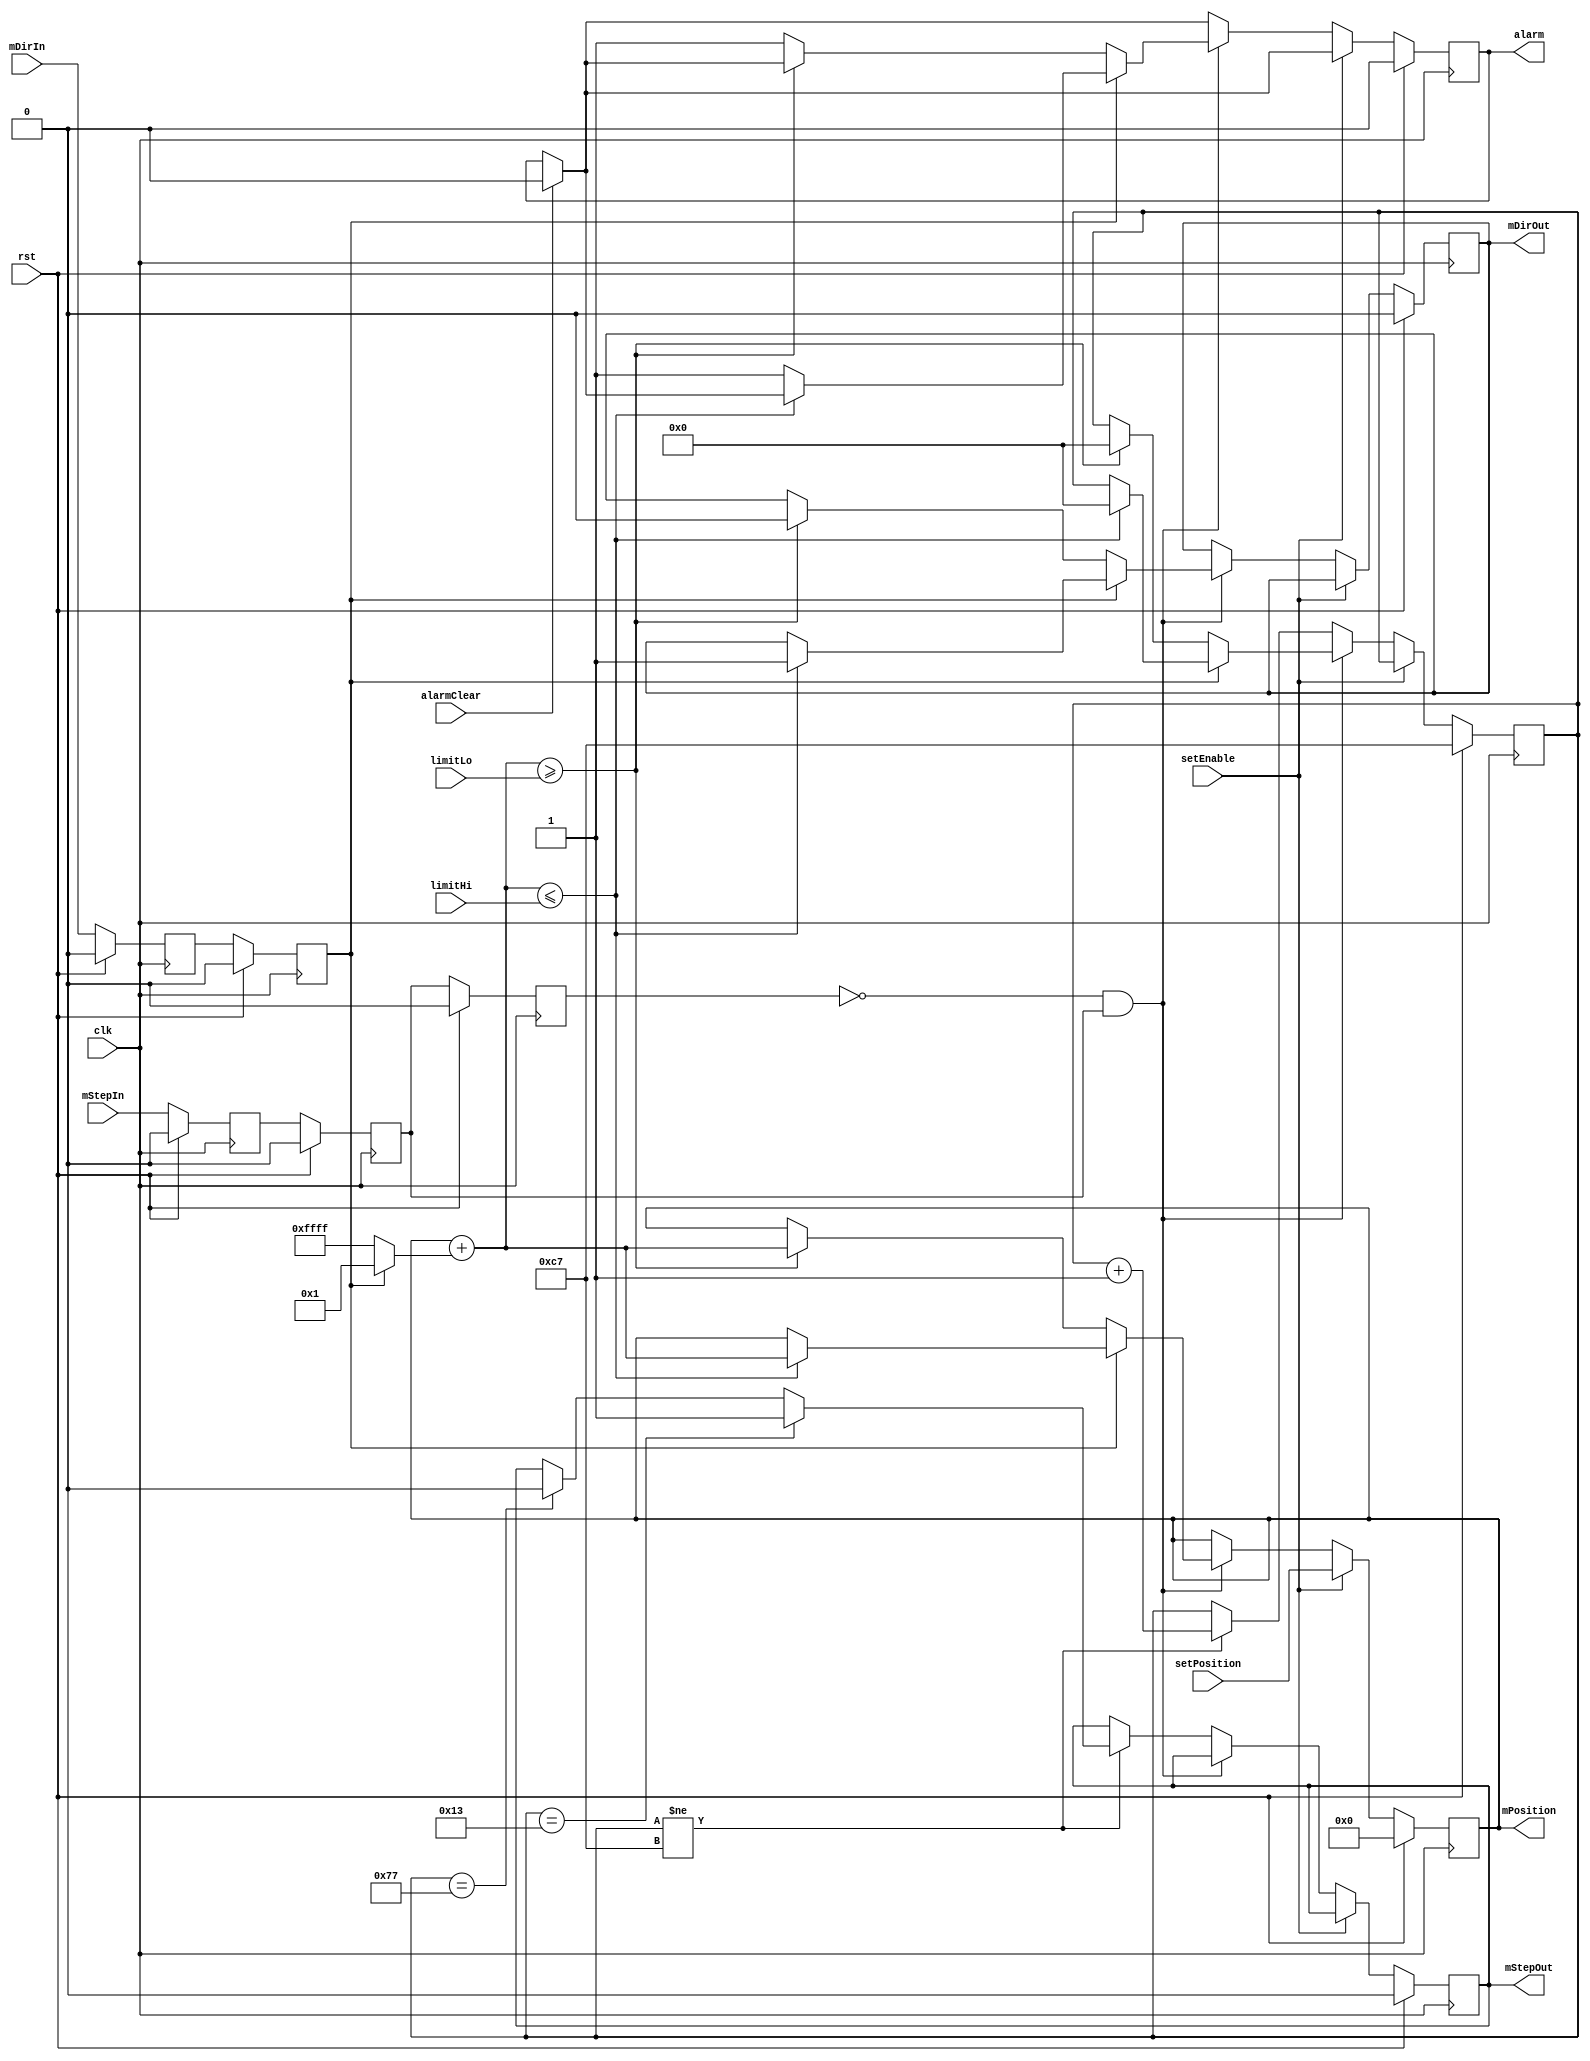
module limiter
(
	input	wire				rst,
	input	wire				clk,

	input	wire				setEnable,
	input	wire signed	[15:0]	setPosition,

	input	wire signed	[15:0]	limitLo,
	input	wire signed	[15:0]	limitHi,

	input	wire				mDirIn,
	input	wire				mStepIn,

	output	reg  signed [15:0]	mPosition,
	output	reg					mDirOut,
	output	reg					mStepOut,
	
	input	wire				alarmClear,
	output	reg					alarm
);

reg mDirIn_z, mDirIn_zz, mDirIn_zzz;
reg mStepIn_z, mStepIn_zz, mStepIn_zzz;
reg [7:0] counter;

wire signed [15:0] nextPosition;

assign nextPosition = mPosition + (mDirIn_zz ? 1 : -1);

always @ (posedge clk)
begin
	if (rst)
	begin
		mPosition <= 0;
		mDirOut <= 0;
		mStepOut <= 0;
		alarm <= 0;

		mDirIn_z <= 0;
		mDirIn_zz <= 0;
		mDirIn_zzz <= 0;

		mStepIn_z <= 0;
		mStepIn_zz <= 0;
		mStepIn_zzz <= 0;

		counter <= 199;
	end
	else
	begin
		if (alarmClear)
		begin
			alarm <= 0;
		end

		mDirIn_z <= mDirIn;
		mDirIn_zz <= mDirIn_z;
		mDirIn_zzz <= mDirIn_zz;

		mStepIn_z <= mStepIn;
		mStepIn_zz <= mStepIn_z;
		mStepIn_zzz <= mStepIn_zz;

		if (setEnable) 
		begin
			mPosition <= setPosition;
		end
		else if (!mStepIn_zzz && mStepIn_zz)
		begin
			if (mDirIn_zz)
			begin
				if (nextPosition <= limitHi)
				begin
					mPosition <= nextPosition;
					mDirOut <= 1'b1;
					counter <= 0;
				end
				else
				begin
					alarm <= 1;
				end
			end
			else if (!mDirIn_zz)
			begin
				if (nextPosition >= limitLo)
				begin
					mPosition <= nextPosition;
					mDirOut <= 1'b0;
					counter <= 0;
				end
				else
				begin
					alarm <= 1;
				end
			end
		end
		else if (counter != 199)
		begin
			counter <= counter + 1;
			if (counter == 19)			// assert 1us after direction output
			begin
				mStepOut <= 1;
			end
			else if (counter == 119)	// deassert 10us after assertion
			begin
				mStepOut <= 0;
			end
		end
	end
end

endmodule